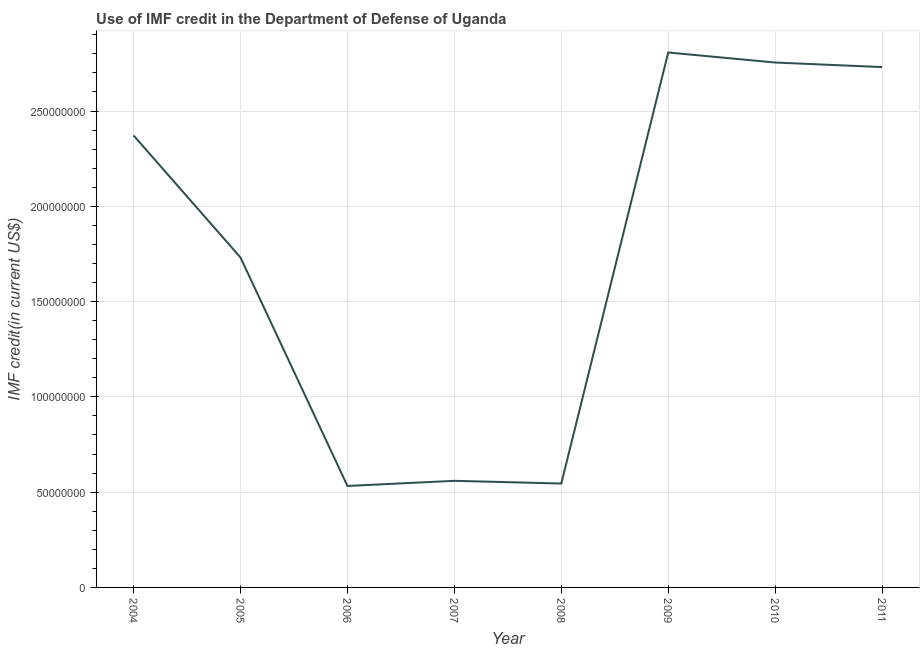
| Year | Use of IMF credit (DOD |
 | --- | --- |
 | 2004 | 2.37e+08 |
 | 2005 | 1.73e+08 |
 | 2006 | 5.32e+07 |
 | 2007 | 5.59e+07 |
 | 2008 | 5.45e+07 |
 | 2009 | 2.81e+08 |
 | 2010 | 2.75e+08 |
 | 2011 | 2.73e+08 |